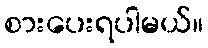
စားပေးရပါမယ်။